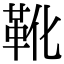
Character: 靴